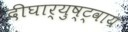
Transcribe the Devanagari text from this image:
दीघार्युष्ट्वाय